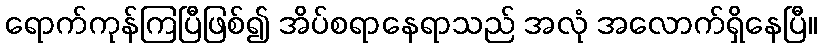
ရောက်ကုန်ကြပြီဖြစ်၍ အိပ်စရာနေရာသည် အလုံ အလောက်ရှိနေပြီ။